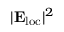
| { \bf E } _ { \mathrm { l o c } } | ^ { 2 }